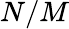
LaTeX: N/M